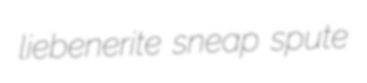
liebenerite sneap spute